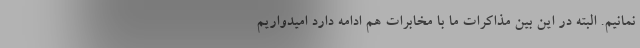
نمانیم. البته در این بین مذاکرات ما با مخابرات هم ادامه دارد امیدواریم